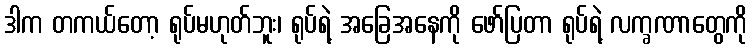
ဒါက တကယ်တော့ ရုပ်မဟုတ်ဘူး၊ ရုပ်ရဲ့ အခြေအနေကို ဖော်ပြတာ ရုပ်ရဲ့ လက္ခဏာတွေကို